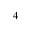
_ 4